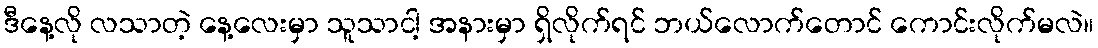
ဒီနေ့လို လသာတဲ့ နေ့လေးမှာ သူသာငါ့ အနားမှာ ရှိလိုက်ရင် ဘယ်လောက်တောင် ကောင်းလိုက်မလဲ။